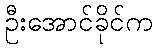
ဦးအောင်ခိုင်က